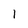
Character: I